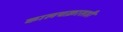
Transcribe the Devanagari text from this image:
कालचक्रासही